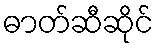
ဓာတ်ဆီဆိုင်